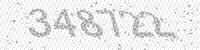
Solution: 348722